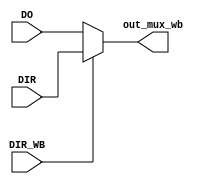
`timescale 1ns / 1ps
//////////////////////////////////////////////////////////////////////////////////
// Design Name:
// Module Name: wb
//////////////////////////////////////////////////////////////////////////////////


module wb(
  input DIR_WB,
  input [31:0] DO,DIR,
  output [31:0] out_mux_wb);


  assign out_mux_wb = DIR_WB ? DIR : DO;


endmodule